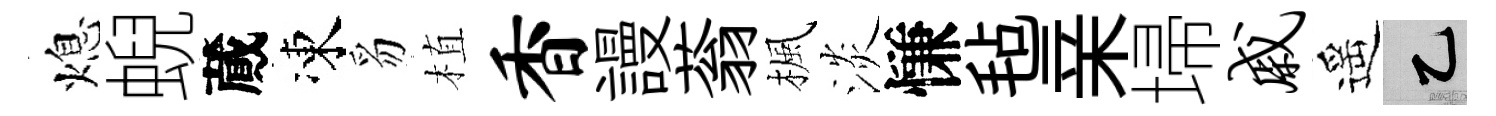
熄蜺蕆凍豸植香謾蓊楓淡慊毡亲埽戚遥乙